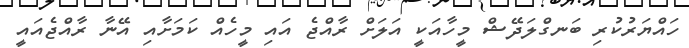
ހައްޔަރުކުރި ބަނގްލަދޭޝް މީހާއަކީ އަލަށް ރާއްޖެ އައި މީހެއް ކަމަށާއި އޭނާ ރާއްޖެއައީ